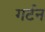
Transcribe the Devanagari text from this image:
गर्टन